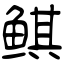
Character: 鲯